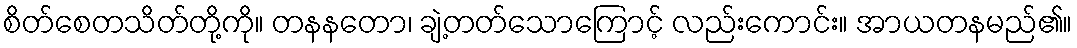
စိတ်စေတသိတ်တို့ကို။ တနနတော၊ ချဲ့တတ်သောကြောင့် လည်းကောင်း။ အာယတနမည်၏။